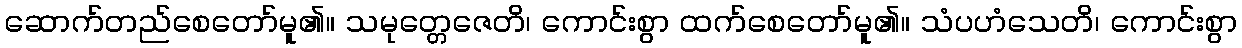
ဆောက်တည်စေတော်မူ၏။ သမုတ္တေဇေတိ၊ ကောင်းစွာ ထက်စေတော်မူ၏။ သံပဟံသေတိ၊ ကောင်းစွာ